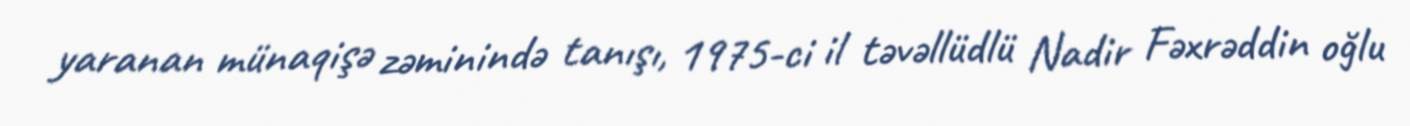
yaranan münaqişə zəminində tanışı, 1975-ci il təvəllüdlü Nadir Fəxrəddin oğlu